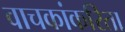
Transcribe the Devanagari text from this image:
वाचकांकरिता